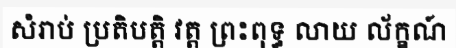
សំរាប់ ប្រតិបត្តិ វត្ត ព្រះពុទ្ធ លាយ ល័ក្ខណ៍